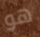
هو